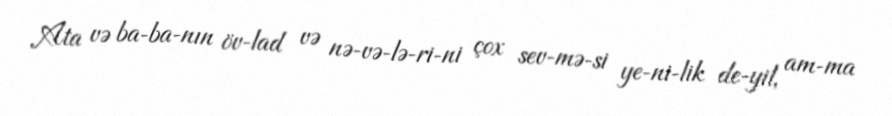
Ata və ba­ba­nın öv­lad və nə­və­lə­ri­ni çox sev­mə­si ye­ni­lik de­yil, am­ma